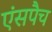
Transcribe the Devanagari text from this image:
एंसपैच